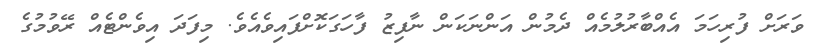
ވަރަށް ފުރިހަމަ އެއްބާރުލުމެއް ދެމުން އަންނަކަން ނާފިޒު ފާހަގަކޮށްފައިވެއެވެ. މިފަދަ އިވެންޓެއް ރޭވުމުގެ